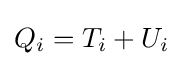
Q_{i}=T_{i}+U_{i}